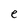
Character: e